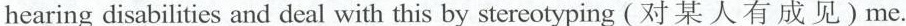
hearing disabilities and deal with this by stereotyping (对某人有成见)me.